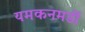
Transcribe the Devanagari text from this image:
यमकनमर्डी